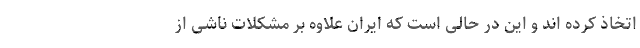
اتخاذ کرده اند و این در حالی است که ایران علاوه بر مشکلات ناشی از